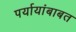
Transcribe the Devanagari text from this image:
पर्यायांबाबत